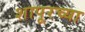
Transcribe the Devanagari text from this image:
शापूरच्या